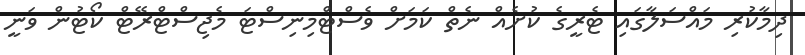
ދިމާކުރި މައްސަލާގައި ޓެރީގެ ކުށެއް ނެތް ކަމަށް ވެސްޓްމިނިސްޓަ މެޖިސްޓްރޭޓް ކޯޓުން ވަނީ